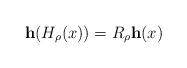
LaTeX: \begin{align*}\mathbf{h}(H_{\rho}(x))=R_\rho \mathbf{h}(x)\end{align*}